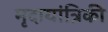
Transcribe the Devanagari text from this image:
मृदायांत्रिकी